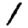
Digit: 1